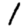
Digit: 1